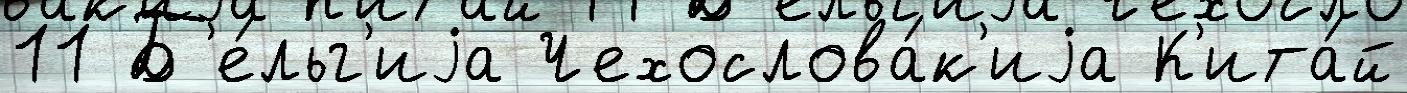
11 Б'е́льг'иjа Чехослова́к'иjа К'ита́й